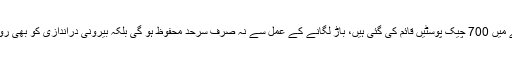
سرحدی علاقے میں 700 چیک پوسٹیں قائم کی گئی ہیں، باڑ لگانے کے عمل سے نہ صرف سرحد محفوظ ہو گی بلکہ بیرونی دراندازی کو بھی روکا جاسکے گا۔